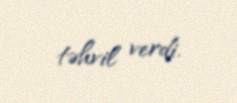
təhvil verdi.